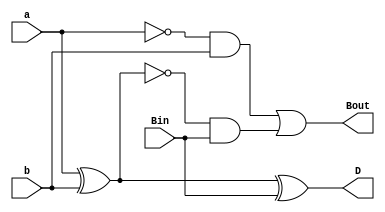
`timescale 1ns / 1ps
//////////////////////////////////////////////////////////////////////////////////
// Company: 
// Engineer: 
// 
// Design Name: 
// Module Name: full_subtractor
// Project Name: 
// Target Devices: 
// Tool Versions: 
// Description: 
// 
// Dependencies: 
// 
// Revision:
// Revision 0.01 - File Created
// Additional Comments:
// 
//////////////////////////////////////////////////////////////////////////////////


module full_subtractor(input a, b, Bin, output D, Bout);
  assign D = a ^ b ^ Bin;
  assign Bout = (~a & b) | (~(a ^ b) & Bin);
endmodule